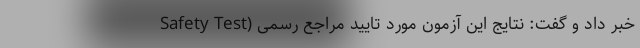
Safety Test) خبر داد و گفت: نتایج این آزمون مورد تایید مراجع رسمی